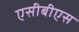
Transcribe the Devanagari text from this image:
एसीबीएस